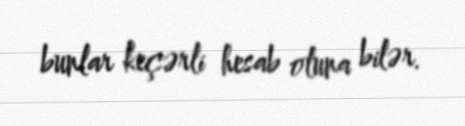
bunlar keçərli hesab oluna bilər.